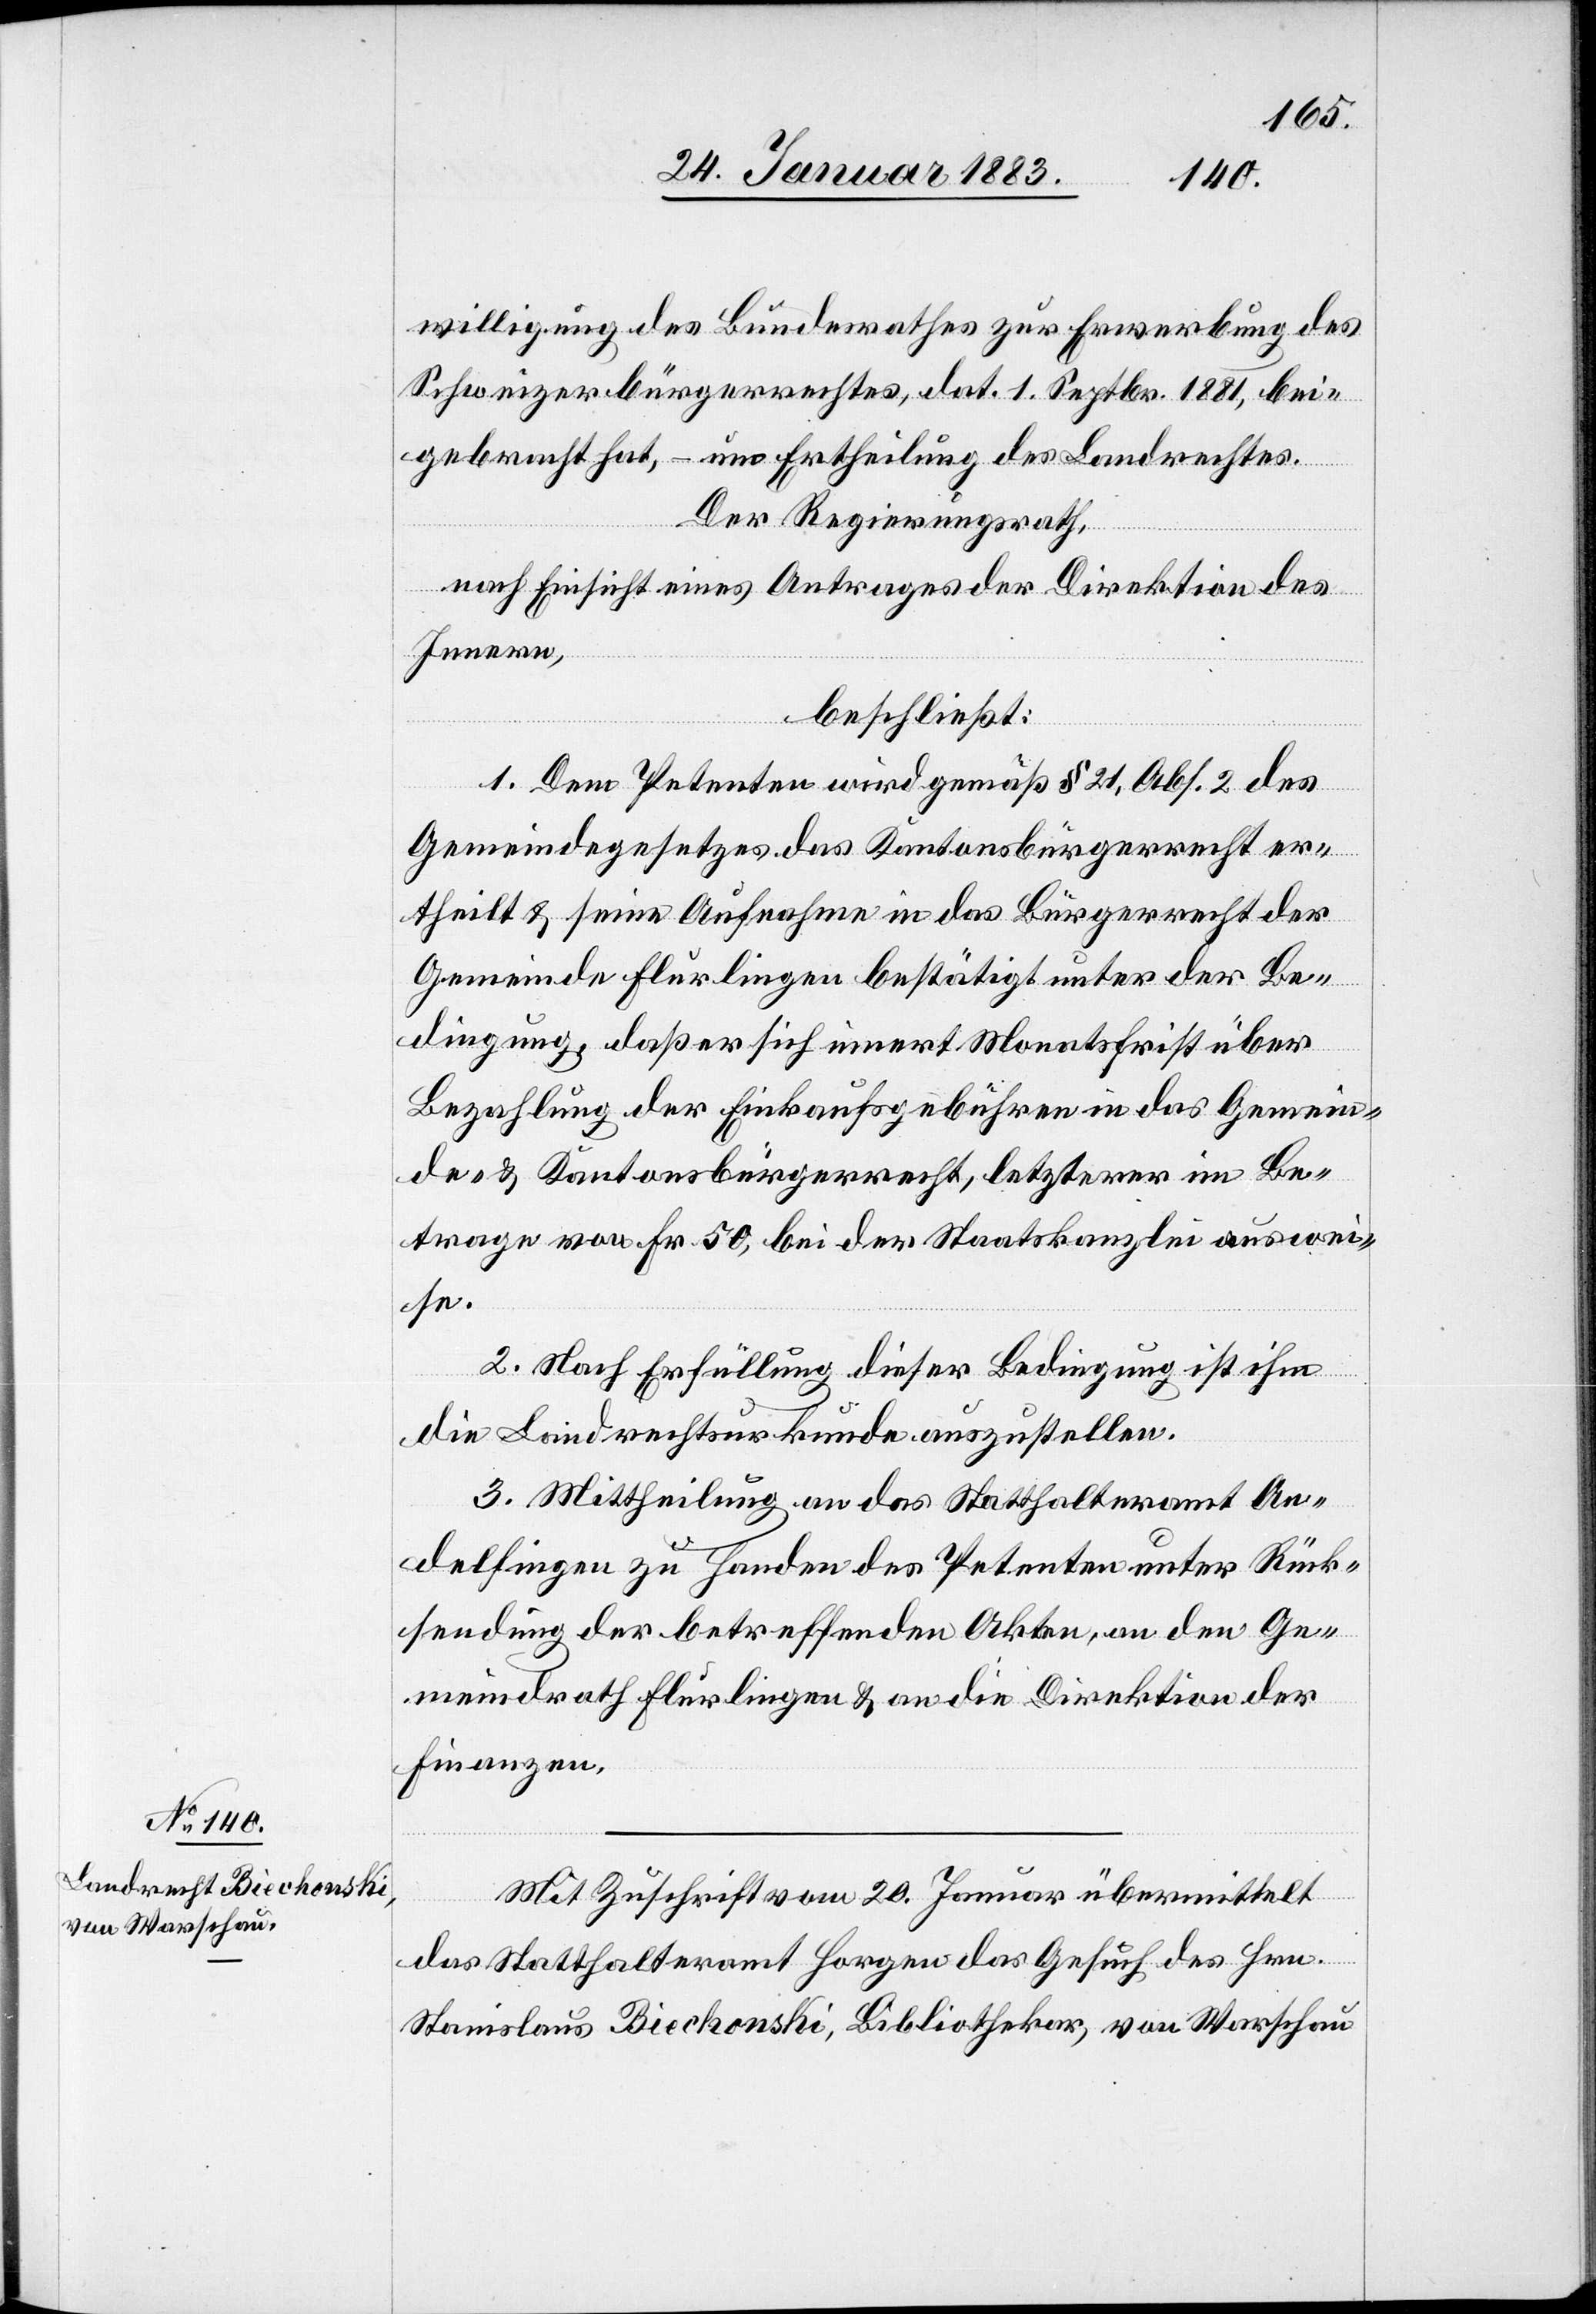
willigung des Bundesrathes zur Erwerbung des
Schweizerbürgerrechtes, dat. 1. September 1881, bei¬
gebracht hat, – um Ertheilung des Landrechtes.
Der Regierungsrath,
nach Einsicht eines Antrages der Direktion des
Innern,
beschließt:
1. Dem Petenten wird gemäß § 21, Abs. 2 des
Gemeindegesetzes das Kantonsbürgerrecht er¬
theilt & seine Aufnahme in das Bürgerrecht der
Gemeinde Flurlingen bestätigt unter der Be¬
dingung, daß er sich innert Monatsfrist über
Bezahlung der Einkaufsgebühren in das Gemein¬
de- & Kantonsbürgerrecht, letzterer im Be¬
trage von Fr. 50 bei der Staatskanzlei auswei¬
se.
2. Nach Erfüllung dieser Bedingung ist ihm
die Landrechtsurkunde auszustellen.
3. Mittheilung an das Statthalteramt An¬
delfingen zu Handen des Petenten unter Rück¬
sendung der betreffenden Akten, an den Ge¬
meindrath Flurlingen & an die Direktion der
Finanzen.
Mit Zuschrift vom 20. Januar übermittelt
das Statthalteramt Horgen das Gesuch des Hrn.
Stanislaus Biechonski, Bibliothekar, von Warschau